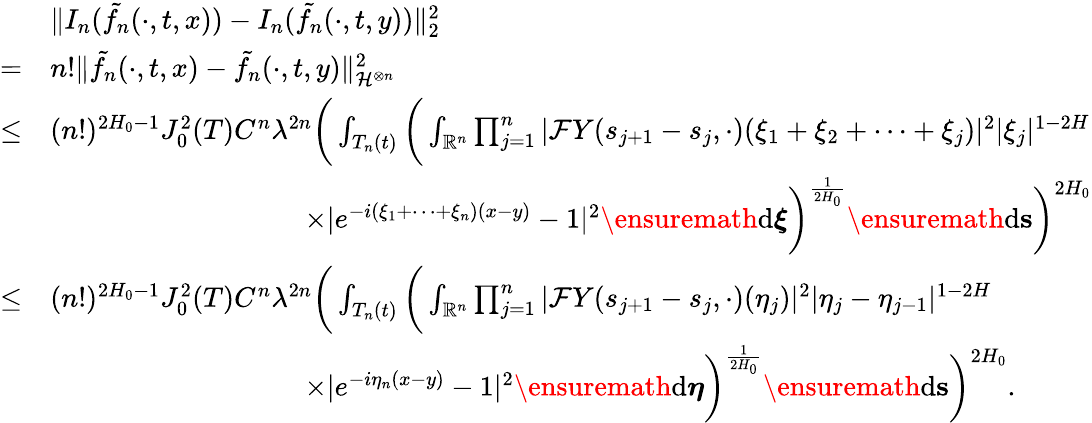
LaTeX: \begin{array}{rl}&{\Vert I_{n}(\tilde{f_{n}}(\cdot,t,x))-I_{n}(\tilde{f_{n}}(\cdot,t,y))\Vert_{2}^{2}}\\ {=}&{n!\Vert\tilde{f_{n}}(\cdot,t,x)-\tilde{f_{n}}(\cdot,t,y)\Vert_{\mathcal{H}^{\otimes n}}^{2}}\\ {\leq}&{(n!)^{2H_{0}-1}J_{0}^{2}(T)C^{n}\lambda^{2n}\bigg(\int_{T_{n}(t)}\bigg(\int_{\mathbb{R}^{n}}\prod_{j=1}^{n}|\mathcal{F}Y(s_{j+1}-s_{j},\cdot)(\xi_{1}+\xi_{2}+\dots+\xi_{j})|^{2}|\xi_{j}|^{1-2H}}\\ &{\qquad\qquad\qquad\qquad\quad\times|e^{-i(\xi_{1}+\dots+\xi_{n})(x-y)}-1|^{2}\ensuremath{\mathrm{d}}\boldsymbol\xi\bigg)^{\frac{1}{2H_{0}}}\ensuremath{\mathrm{d}}\mathbf{s}\bigg)^{2H_{0}}}\\ {\leq}&{(n!)^{2H_{0}-1}J_{0}^{2}(T)C^{n}\lambda^{2n}\bigg(\int_{T_{n}(t)}\bigg(\int_{\mathbb{R}^{n}}\prod_{j=1}^{n}|\mathcal{F}Y(s_{j+1}-s_{j},\cdot)(\eta_{j})|^{2}|\eta_{j}-\eta_{j-1}|^{1-2H}}\\ &{\qquad\qquad\qquad\qquad\quad\times|e^{-i\eta_{n}(x-y)}-1|^{2}\ensuremath{\mathrm{d}}\boldsymbol\eta\bigg)^{\frac{1}{2H_{0}}}\ensuremath{\mathrm{d}}\mathbf{s}\bigg)^{2H_{0}}.}\end{array}